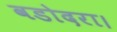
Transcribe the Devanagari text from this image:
वडोदरा।